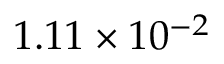
1 . 1 1 \times 1 0 ^ { - 2 }